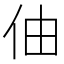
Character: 伷